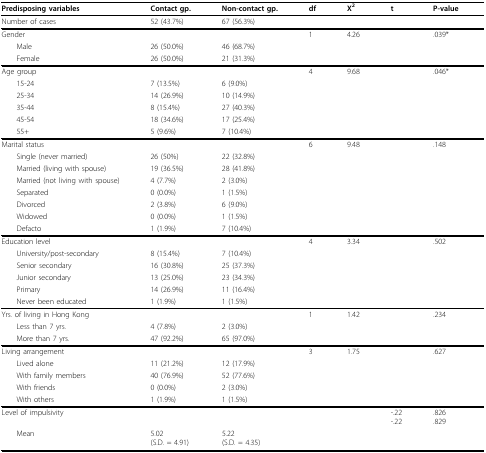
<table><thead><tr><td><b>Predisposing variables</b></td><td><b>Contact gp.</b></td><td><b>Non-contact gp.</b></td><td><b>df</b></td><td><b>X<sup>2</sup></b></td><td><b>t</b></td><td><b>P-value</b></td></tr></thead><tbody><tr><td>Number of cases</td><td>52 (43.7%)</td><td>67 (56.3%)</td><td></td><td></td><td></td><td></td></tr><tr><td colspan="3">Gender</td><td>1</td><td>4.26</td><td></td><td>.039*</td></tr><tr><td> Male</td><td>26 (50.0%)</td><td>46 (68.7%)</td><td></td><td></td><td></td><td></td></tr><tr><td> Female</td><td>26 (50.0%)</td><td>21 (31.3%)</td><td></td><td></td><td></td><td></td></tr><tr><td colspan="3">Age group</td><td>4</td><td>9.68</td><td></td><td>.046*</td></tr><tr><td> 15-24</td><td>7 (13.5%)</td><td>6 (9.0%)</td><td></td><td></td><td></td><td></td></tr><tr><td> 25-34</td><td>14 (26.9%)</td><td>10 (14.9%)</td><td></td><td></td><td></td><td></td></tr><tr><td> 35-44</td><td>8 (15.4%)</td><td>27 (40.3%)</td><td></td><td></td><td></td><td></td></tr><tr><td> 45-54</td><td>18 (34.6%)</td><td>17 (25.4%)</td><td></td><td></td><td></td><td></td></tr><tr><td> 55+</td><td>5 (9.6%)</td><td>7 (10.4%)</td><td></td><td></td><td></td><td></td></tr><tr><td colspan="3">Marital status</td><td>6</td><td>9.48</td><td></td><td>.148</td></tr><tr><td> Single (never married)</td><td>26 (50%)</td><td>22 (32.8%)</td><td></td><td></td><td></td><td></td></tr><tr><td> Married (living with spouse)</td><td>19 (36.5%)</td><td>28 (41.8%)</td><td></td><td></td><td></td><td></td></tr><tr><td> Married (not living with spouse)</td><td>4 (7.7%)</td><td>2 (3.0%)</td><td></td><td></td><td></td><td></td></tr><tr><td> Separated</td><td>0 (0.0%)</td><td>1 (1.5%)</td><td></td><td></td><td></td><td></td></tr><tr><td> Divorced</td><td>2 (3.8%)</td><td>6 (9.0%)</td><td></td><td></td><td></td><td></td></tr><tr><td> Widowed</td><td>0 (0.0%)</td><td>1 (1.5%)</td><td></td><td></td><td></td><td></td></tr><tr><td> Defacto</td><td>1 (1.9%)</td><td>7 (10.4%)</td><td></td><td></td><td></td><td></td></tr><tr><td colspan="3">Education level</td><td>4</td><td>3.34</td><td></td><td>.502</td></tr><tr><td> University/post-secondary</td><td>8 (15.4%)</td><td>7 (10.4%)</td><td></td><td></td><td></td><td></td></tr><tr><td> Senior secondary</td><td>16 (30.8%)</td><td>25 (37.3%)</td><td></td><td></td><td></td><td></td></tr><tr><td> Junior secondary</td><td>13 (25.0%)</td><td>23 (34.3%)</td><td></td><td></td><td></td><td></td></tr><tr><td> Primary</td><td>14 (26.9%)</td><td>11 (16.4%)</td><td></td><td></td><td></td><td></td></tr><tr><td> Never been educated</td><td>1 (1.9%)</td><td>1 (1.5%)</td><td></td><td></td><td></td><td></td></tr><tr><td>Yrs. of living in Hong Kong</td><td></td><td></td><td>1</td><td>1.42</td><td></td><td>.234</td></tr><tr><td> Less than 7 yrs.</td><td>4 (7.8%)</td><td>2 (3.0%)</td><td></td><td></td><td></td><td></td></tr><tr><td> More than 7 yrs.</td><td>47 (92.2%)</td><td>65 (97.0%)</td><td></td><td></td><td></td><td></td></tr><tr><td colspan="3">Living arrangement</td><td>3</td><td>1.75</td><td></td><td>.627</td></tr><tr><td> Lived alone</td><td>11 (21.2%)</td><td>12 (17.9%)</td><td></td><td></td><td></td><td></td></tr><tr><td> With family members</td><td>40 (76.9%)</td><td>52 (77.6%)</td><td></td><td></td><td></td><td></td></tr><tr><td> With friends</td><td>0 (0.0%)</td><td>2 (3.0%)</td><td></td><td></td><td></td><td></td></tr><tr><td> With others</td><td>1 (1.9%)</td><td>1 (1.5%)</td><td></td><td></td><td></td><td></td></tr><tr><td colspan="3">Level of impulsivity</td><td></td><td></td><td>-.22-.22</td><td>.826.829</td></tr><tr><td> Mean</td><td>5.02(S.D. = 4.91)</td><td>5.22(S.D. = 4.35)</td><td></td><td></td><td></td><td></td></tr></tbody></table>